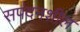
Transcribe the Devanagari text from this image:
सपंदनशील